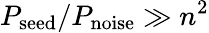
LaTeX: P_{\mathrm{seed}}/P_{\mathrm{noise}}\gg n^{2}